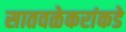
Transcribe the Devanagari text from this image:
सातवळेकरांकडे